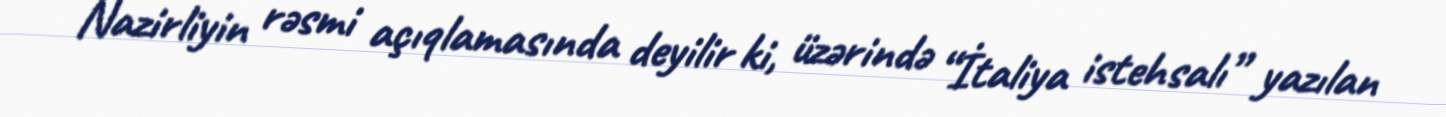
Nazirliyin rəsmi açıqlamasında deyilir ki, üzərində “İtaliya istehsalı” yazılan